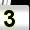
Digit: 3